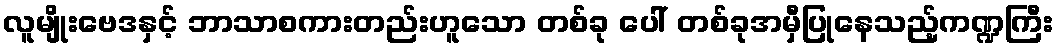
လူမျိုးဗေဒနှင့် ဘာသာစကားတည်းဟူသော တစ်ခု ပေါ် တစ်ခုအမှီပြုနေသည့်ကဏ္ဍကြီး